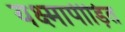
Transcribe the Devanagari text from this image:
यक्ष्मापीड़ित